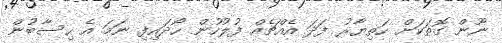
ނޫން ގޮތަކަށް ހަތިޔާރު ފަދަ އެއްޗެއް ފުލުހުން ހޯދައިފި ނަމަ އެ ހިސާބުން